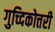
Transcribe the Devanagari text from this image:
गुच्दिकोत्तरी